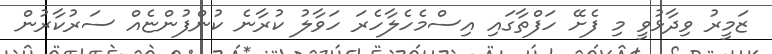
ޒަމީރު ވިދާޅުވީ މި ފެށޭ ހަފްތާގައި އިސްމެހެލާހެރަ ހަވާލު ކުރާނެ ކުންފުންޏެއް ސަރުކާރުން